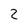
Character: 2